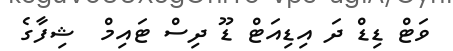
ވަޓް ޑިޑް ދަ އިޑިއަޓް ޑޫ ދިސް ޓައިމް  ޝިފާގެ